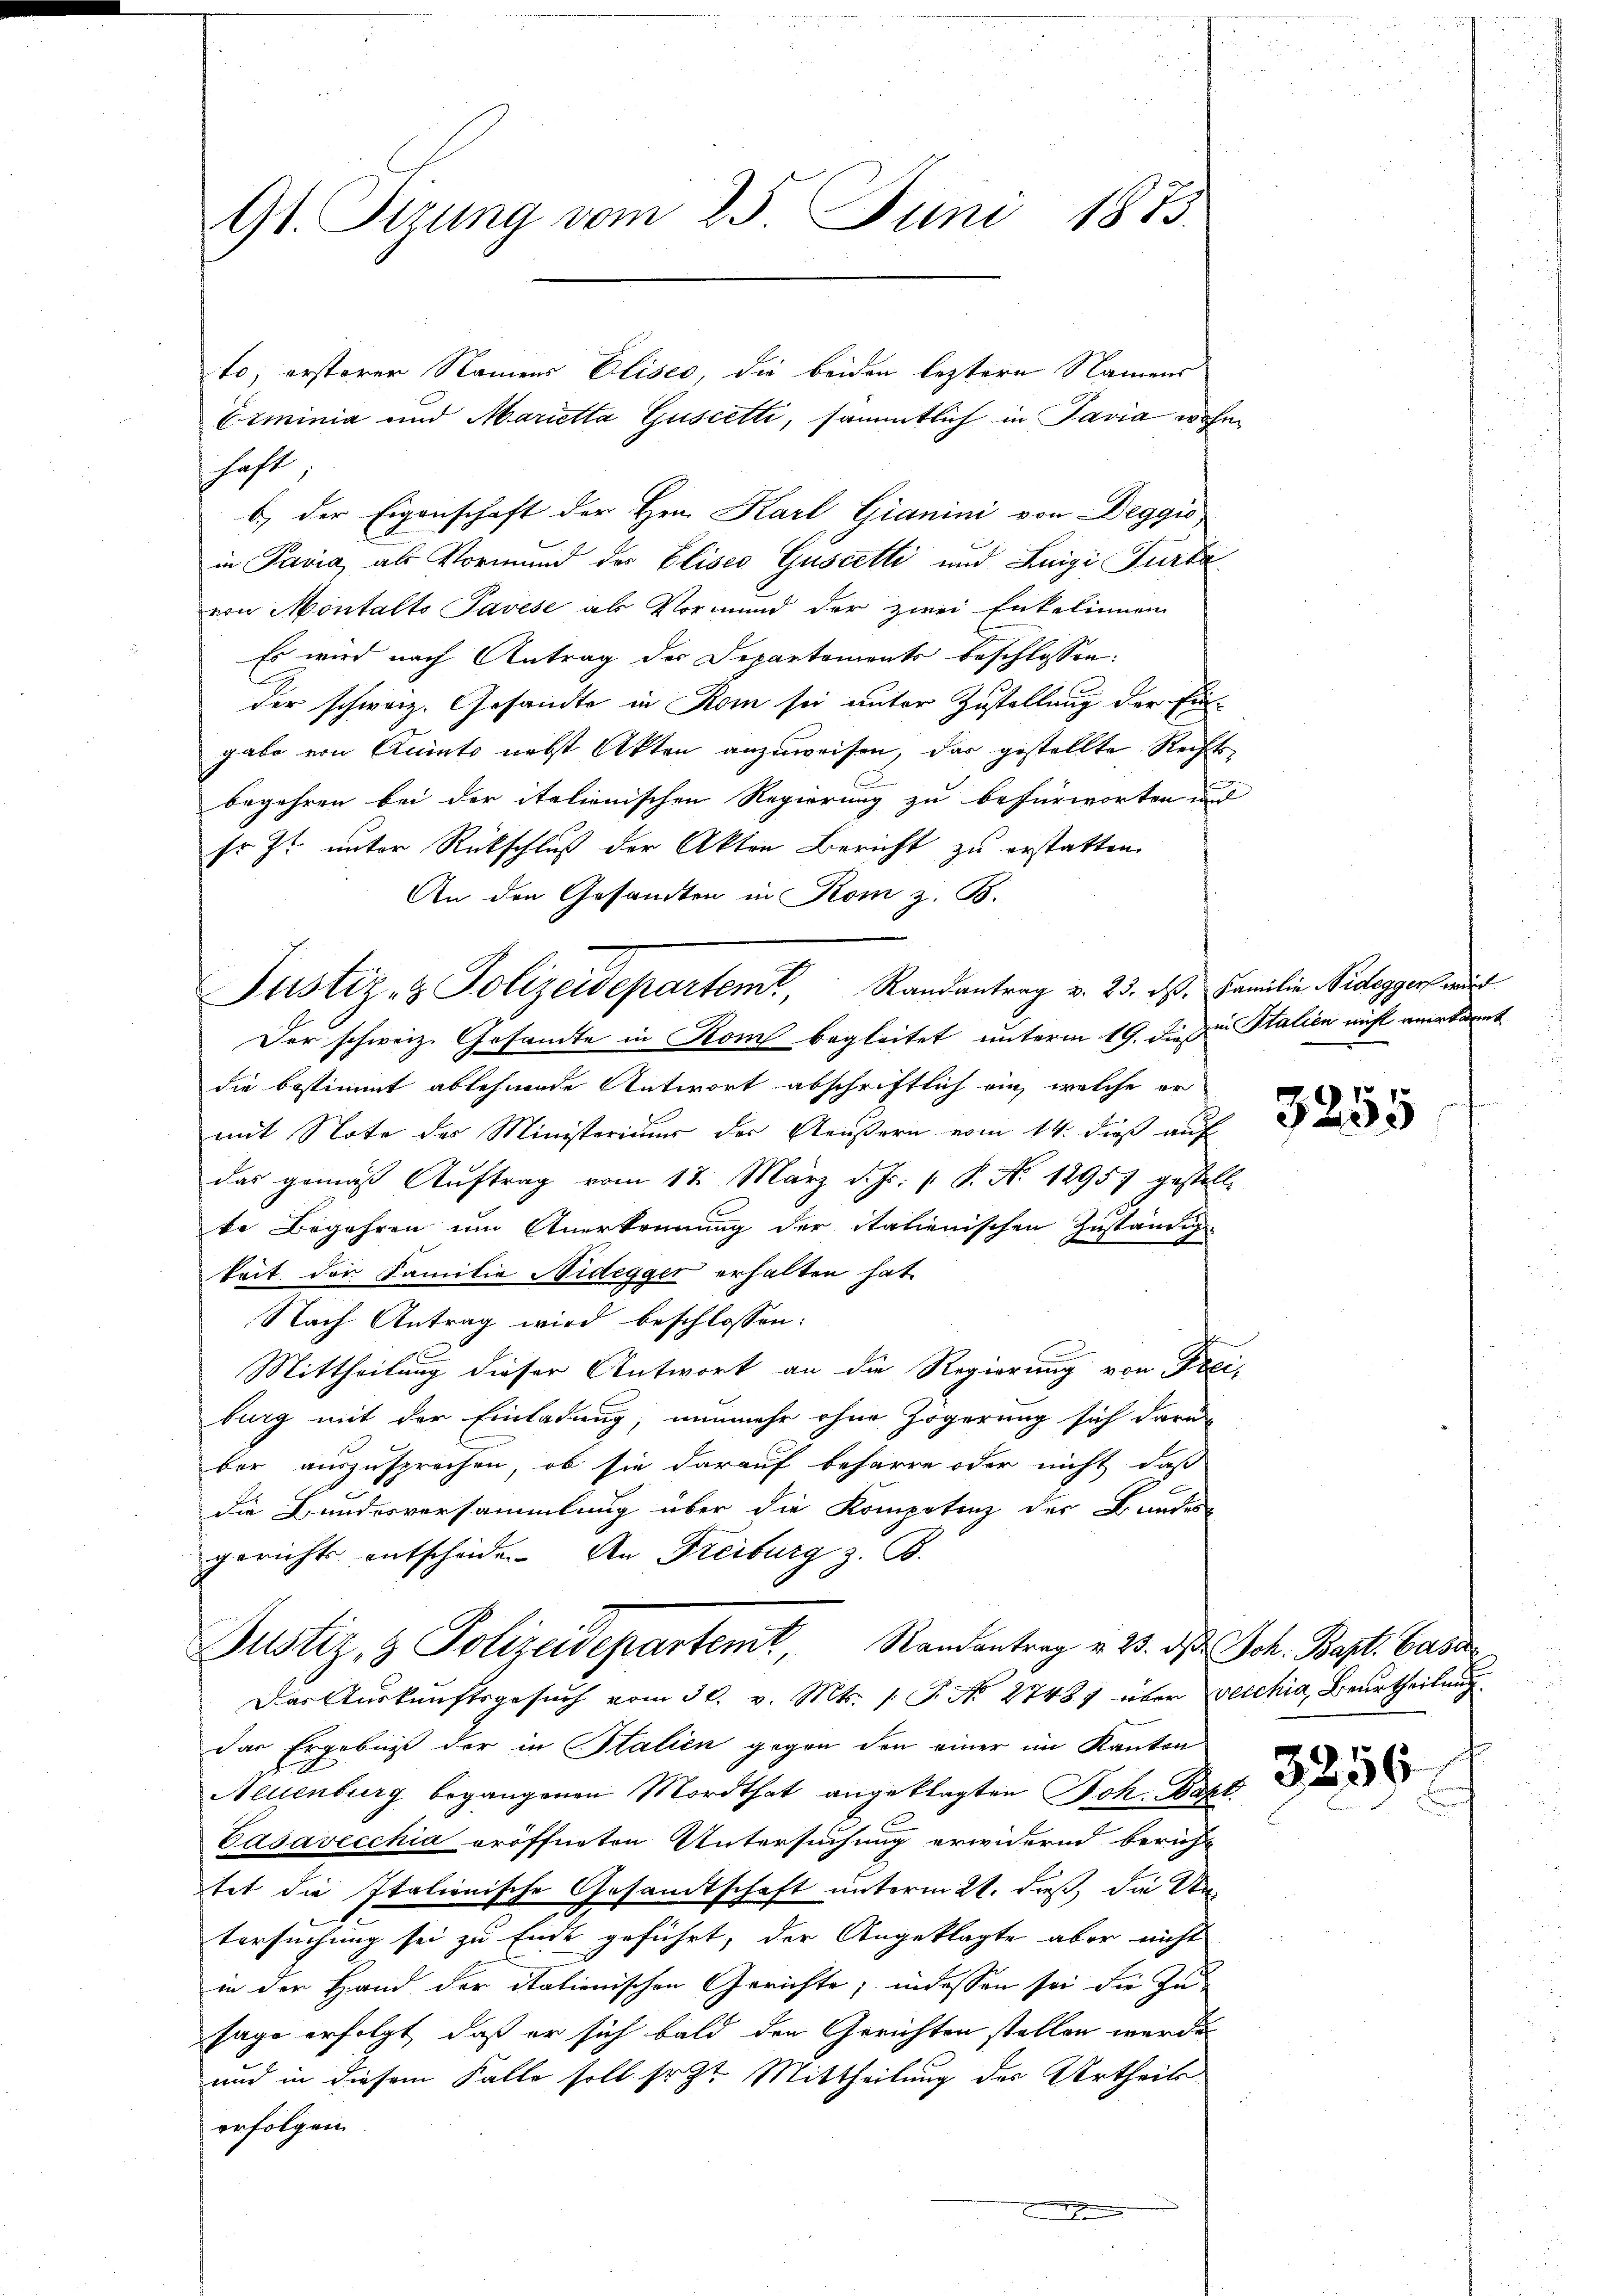
91. Stzung vom 25. Juni 1873.

Eiminia und Marietta Guscetti, sämmtlich in Pavia wohn
haft
b.) der Eigenschaft der Hrn. Karl Gianini von Deggio
in Pavia, als Vormund des Eliseo Guscetti und Luigi Furkavon Montalts Tavese als Vormund der zwei Enkelinnen
Es wird nach Antrag der Departements beschlossen:
der schweiz. Gesandte in Rom sei unter Zustellung der Eingabe von Quinto nebst Akten anzuweisen, das gestellte Rechtsbegehren bei der italienischen Regierung zu befürworten und
Fr zt unter Rückschluß der Akten Bericht zu erstatten.
An den Gesandten in Rom z. B.
Der schweiz. Gesandte in Rom begleitet unterm 19. Du die Stalien nicht anerkannt
die bestimmt ablehnende Antwort abschriftlich ein, welche er
mit Note des Ministeriums der Aeußern vom 14. dieß auf
das gemäß Aŭftrag vom 17. März d. Js. v. P. N. 12957 gestelle
be Begehren um Anerkennung der italienischen Zuständig
keit der Familie Nidegger erhalten hat.
Nach Antrag wird beschlossen:
Mittheilung dieser Antwort an die Regierung von Freiburg mit der Einladung, nunmehr ohne Zögerung sich darü-
ber auszusprechen, ob sie darauf beharre oder nicht, daß
die Bunderversammlung über die Kompetenz der Bundes-
gerichts entscheide. An Freiburg z. B.
Justiz & Polizeidepartemt, Randantrag v. 23. d. Joh. Bapt. Basar
Das Auskunftsgesuch vom 30. v. Mts. 1. P. No 27487 über vecchia, Beurtheilung
das Ergebniß der in Statien gegen den einer im Kanton
Neuenburg begangenen Mordthat angeklagten Joh. Bapt.
Casavecchia eröffneten Untersuchung erwidernd bericht
tet die Italienische Gesamtschaft unterm 21. dieß, die Untersuchung sei zu Ende geführt, der Angeklagte aber nicht
in der Hand der itationischen Gerichte, indessen sei die Zusage erfolgt, daß er sich bald den Gerichten stellen werde.
und in diesem Falle soll sr. Zt. Mittheilung des Urtheils
erfolgen.
e

to; ersterer Namens Elises, die beiden leztern Namens

Justiz- & Polizeidepartemt, Randantrag v. 23. ds. Familie Redegger wird

3255

3259